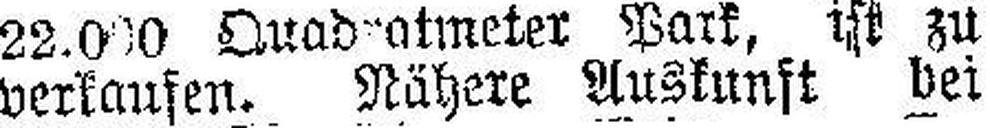
verkaufen. Nähere Auskunft bei